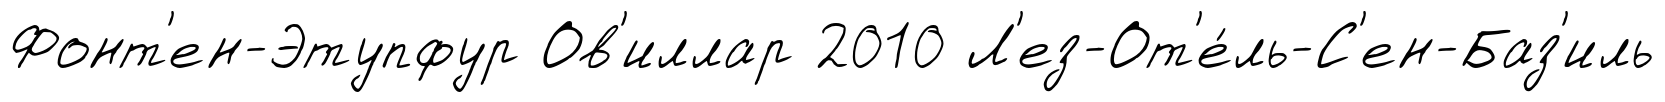
Фонт'ен-Этупфур Ов'иллар 2010 Л'ез-От'е́ль-С'ен-Баз'иль